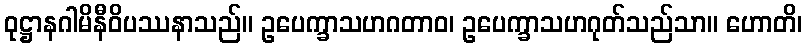
ဝုဋ္ဌာနဂါမိနီဝိပဿနာသည်။ ဥပေက္ခာသဟဂတာဝ၊ ဥပေက္ခာသဟဂုတ်သည်သာ။ ဟောတိ၊